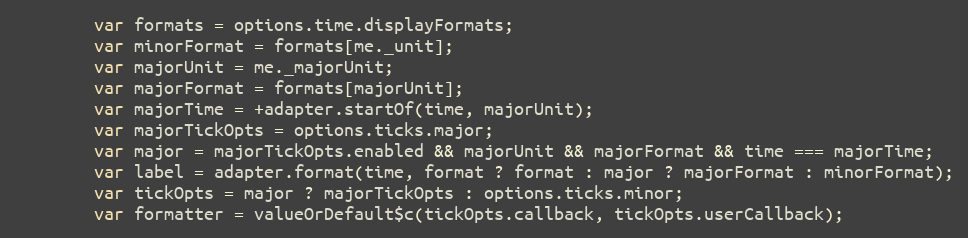
Language: JavaScript
		var formats = options.time.displayFormats;
		var minorFormat = formats[me._unit];
		var majorUnit = me._majorUnit;
		var majorFormat = formats[majorUnit];
		var majorTime = +adapter.startOf(time, majorUnit);
		var majorTickOpts = options.ticks.major;
		var major = majorTickOpts.enabled && majorUnit && majorFormat && time === majorTime;
		var label = adapter.format(time, format ? format : major ? majorFormat : minorFormat);
		var tickOpts = major ? majorTickOpts : options.ticks.minor;
		var formatter = valueOrDefault$c(tickOpts.callback, tickOpts.userCallback);